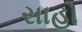
સાહો